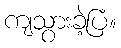
ကျသွားခဲ့ပြံ။